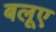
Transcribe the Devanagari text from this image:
बलूए